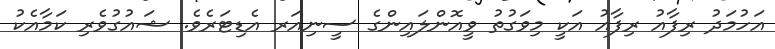
އަހުމަދު ރިފާއު ރިފާއު އަކީ މިވަގުތު ވީއޮންލައިންގެ ސީނިއަރ އެޑިޓަރެވެ. ޝައުގުވެރި ކަމާއެކު